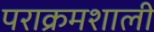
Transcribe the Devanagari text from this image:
पराक्रमशाली